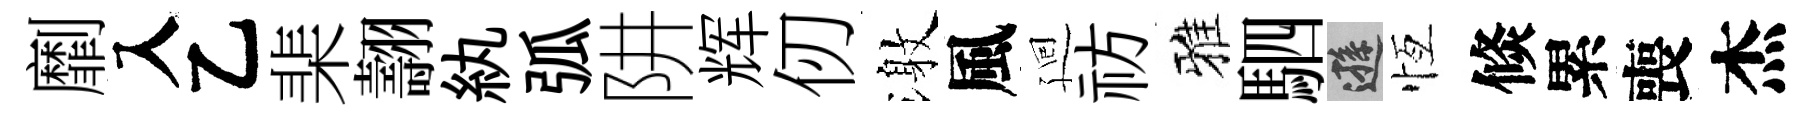
劘入乙棐翿紈弧阱辉仞激風廻祊雅駟遜恆倐累喪杰